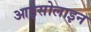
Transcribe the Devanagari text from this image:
आइसोलाइन